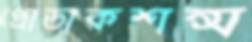
প্রোডাকশন্স